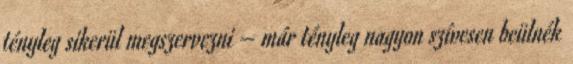
tényleg sikerül megszervezni – már tényleg nagyon szívesen beülnék